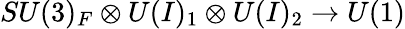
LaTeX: SU(3)_{F}\otimes U(I)_{1}\otimes U(I)_{2}\to U(1)